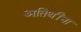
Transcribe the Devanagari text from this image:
अतिथींना